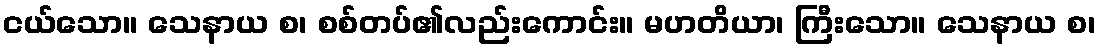
ငယ်သော။ သေနာယ စ၊ စစ်တပ်၏လည်းကောင်း။ မဟတိယာ၊ ကြီးသော။ သေနာယ စ၊